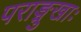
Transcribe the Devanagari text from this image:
पराङ्मुखाः